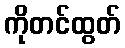
ကိုတင်ထွတ်